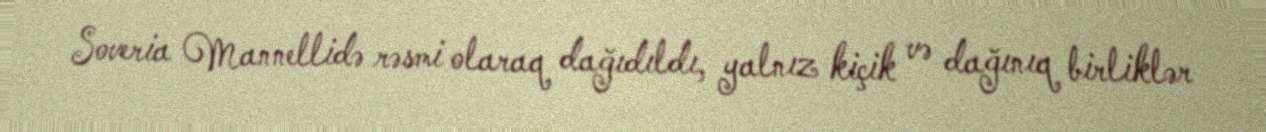
Soveria Mannellidə rəsmi olaraq dağıdıldı, yalnız kiçik və dağınıq birliklər